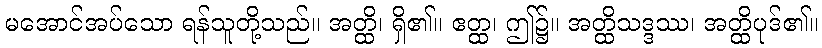
မအောင်အပ်သော ရန်သူတို့သည်။ အတ္ထိ၊ ရှိ၏။ ဧတ္ထ၊ ဤ၌။ အတ္ထိသဒ္ဒဿ၊ အတ္ထိပုဒ်၏။